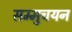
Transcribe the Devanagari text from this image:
सम्मुचयन